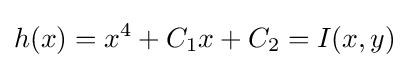
h(x)=x^{4}+C_{1}x+C_{2}=I(x,y)